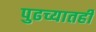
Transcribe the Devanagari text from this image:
पुढच्यातही